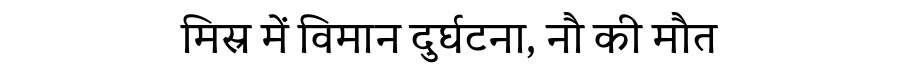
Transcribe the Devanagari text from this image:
मिस्र में विमान दुर्घटना, नौ की मौत